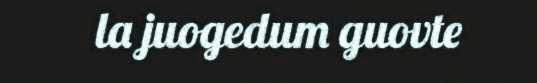
la juogedum guovte